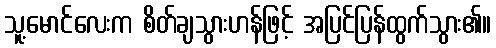
သူ့မောင်လေးက စိတ်ချသွားဟန်ဖြင့် အပြင်ပြန်ထွက်သွား၏။